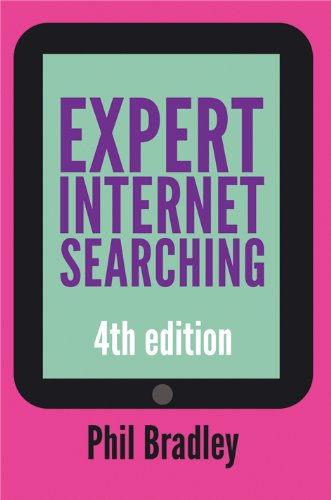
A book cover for Expert Internet Searching, Fourth Edition; Phil Bradley; Computers & Technology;